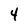
Character: 4